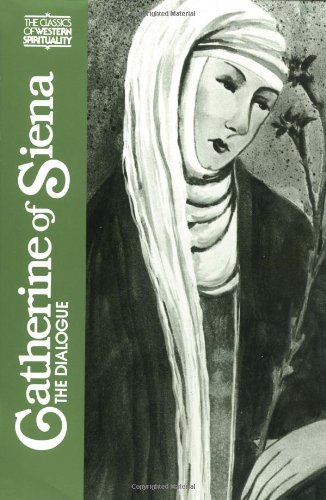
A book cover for Catherine of Siena : The Dialogue (Classics of Western Spirituality); Catherine of Siena; Christian Books & Bibles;